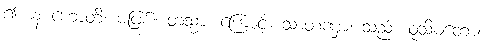
၍။ န ဟောတိ၊ မဖြစ်။ တသ္မာ၊ ကြောင့်။ သာတဏှာ၊ သည်။ ဝုသိမတော၊